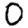
Digit: 0